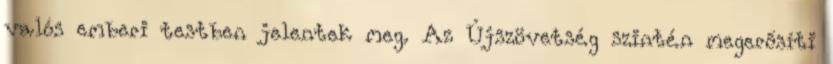
valós emberi testben jelentek meg. Az Újszövetség szintén megerősíti